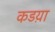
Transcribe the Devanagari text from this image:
कडय़ा